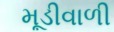
મૂડીવાળી